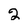
Character: 2